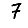
Digit: 7